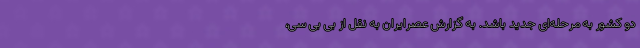
دو کشور به مرحله‌ای جدید باشد. به گزارش عصرایران به نقل از بی بی سی،